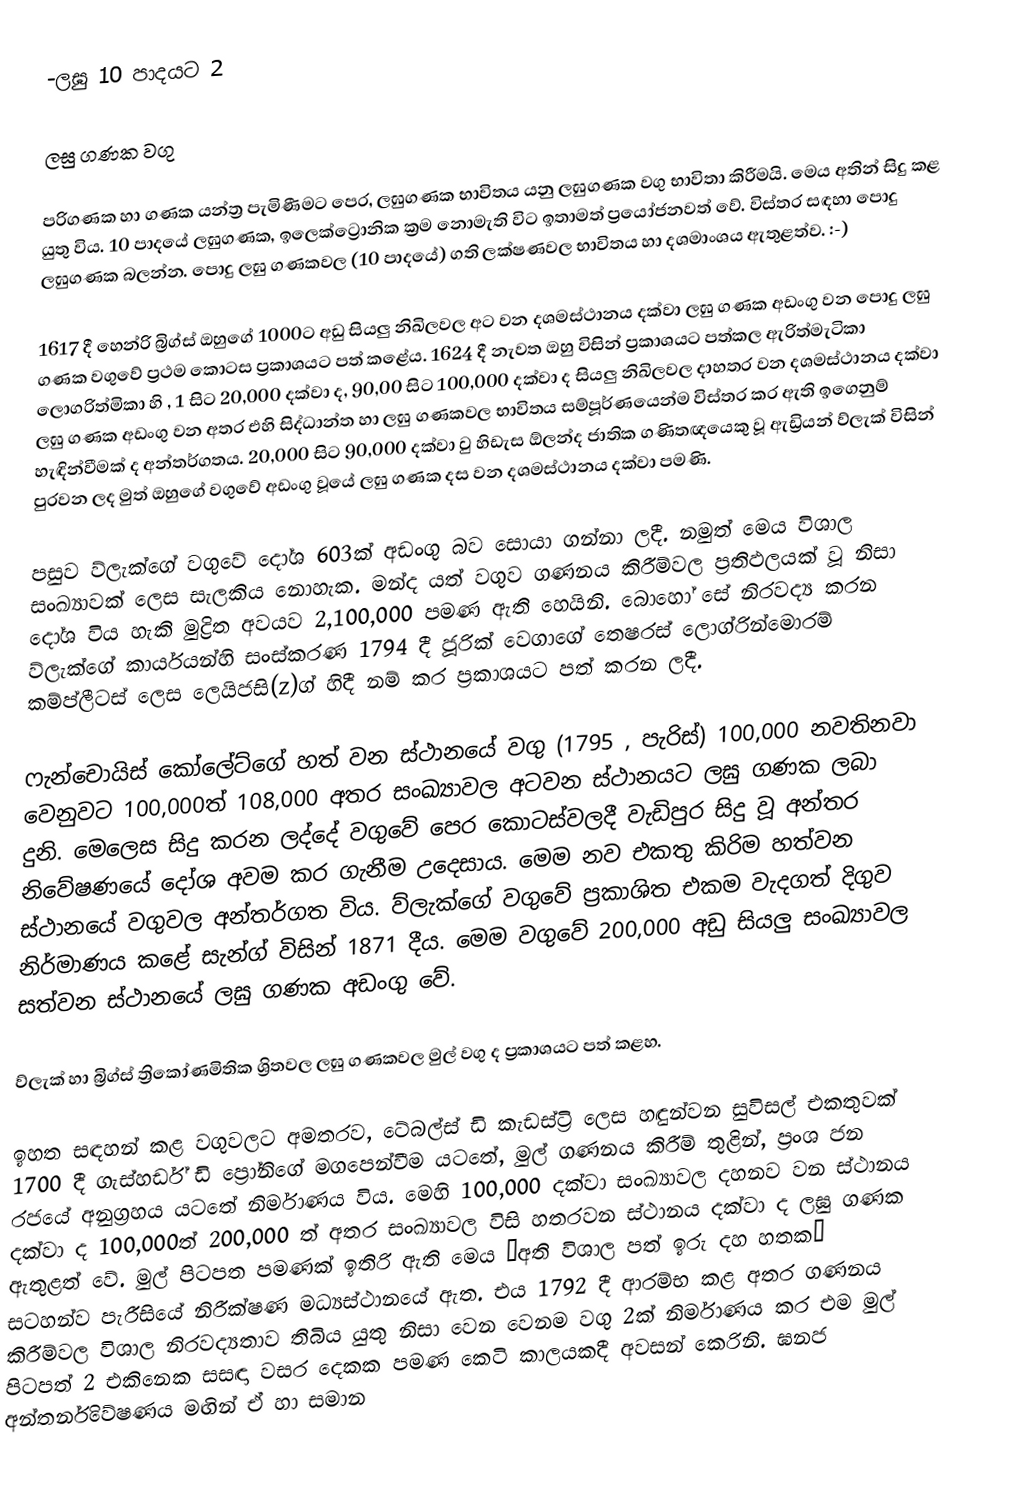
-ලඝු 10 පාදයට 2

ලඝු ගණක වගු

පරිගණක හා ගණක යන්ත්‍ර පැමිණීමට පෙර, ලඝුගණක භාවිතය යනු ලඝුගණක වගු භාවිතා කිරීමයි. මෙය අතින් සිදු කළ යුතු විය. 10 පාදයේ ලඝුගණක, ඉලෙක්ට්‍රොනික ක්‍රම නොමැති විට ඉතාමත් ප්‍රයෝජනවත් වේ. විස්තර සඳහා ‍පොදු ලඝුගණක බලන්න. පොදු ලඝු ගණකවල (10 පාදයේ) ගති ලක්ෂණවල භාවිතය හා දශමාංශය ඇතුළත්ව. :-)

1617 දී හෙන්රි බ්‍රිග්ස් ඔහුගේ 1000ට අඩු සියලු නිඛිලවල අට වන දශමස්ථානය දක්වා ලඝු ගණක අඩංගු වන පොදු ලඝු ගණක වගුවේ ප්‍රථම කොටස ප්‍රකාශයට පත් කළේය. 1624 දී නැවත ඔහු විසින් ප්‍රකාශයට පත්කල ඇරිත්මැටිකා ලොගරිත්මිකා හි , 1 සිට 20,000  දක්වා ද, 90,00 සිට 100,000 දක්වා ද සියලු නිඛිලවල දාහතර වන දශමස්ථානය දක්වා ලඝු ගණක අඩංගු වන අතර එහි සිද්ධාන්ත හා ලඝු ගණකවල භාවිතය සම්පූර්ණයෙන්ම විස්තර කර ඇති ඉගෙනුම් හැඳින්වීමක් ද අන්තර්ගතය. 20,000 සිට 90,000 දක්වා වු හිඩැස ඕලන්ද ජාතික ගණිතඥයෙකු වූ ඇඩ්‍රියන් ව්ලැක් විසින් පුරවන ලද මුත් ඔහුගේ වගුවේ අඩංගු වූයේ ලඝු ගණක දස වන දශමස්ථානය දක්වා පමණි.

පසුව ව්ලැක්ගේ වගුවේ දෝශ 603ක් අඩංගු බව සොයා ගන්නා ලදී. නමුත් මෙය විශාල සංඛ්‍යාවක් ලෙස සැලකිය නොහැක. මන්ද යත් වගුව ගණනය කිරීම්වල ප්‍රතිඵලයක් වූ නිසා දෝශ විය හැකි මුද්‍රිත අවයව 2,100,000 පමණ ඇති හෙයිනි. බොහෝ සේ නිරවද්‍ය කරන ව්ලැක්ගේ කාර්යයන්හි සංස්කරණ 1794 දී ජූරික් වෙගාගේ තෙෂරස් ලොග්රින්මොරම් කම්ප්ලීටස් ලෙස ලෙයිජසි(z)ග් හිදී නම් කර ප්‍රකාශයට පත් කරන ලදී.

ෆැන්චොයිස් කෝලේට්ගේ හත් වන ස්ථානයේ වගු (1795 , පැරිස්) 100,000 නවතිනවා වෙනුවට 100,000ත් 108,000 අතර සංඛ්‍යාවල අටවන ස්ථානයට ලඝු ගණක ලබා දුනි. මෙලෙස සිදු කරන ලද්දේ වගුවේ පෙර ‍කොටස්වලදී වැඩිපුර සිදු වූ අන්තර නිවේෂණයේ දෝශ අවම කර ගැනීම උදෙසාය. මෙම නව එකතු කිරිම හත්වන ස්ථානයේ වගුවල අන්තර්ගත විය. ව්ලැක්ගේ වගුවේ ප්‍රකාශිත එකම වැදගත් දිගුව නිර්මාණය කළේ සැන්ග් විසින් 1871 දීය. මෙම වගුවේ 200,000 අඩු සියලු සංඛ්‍යාවල සත්වන ස්ථානයේ ලඝු ගණක අඩංගු වේ.

ව්ලැක් හා බ්‍රිග්ස් ත්‍රිකෝණමිතික ශ්‍රිතවල ලඝු ගණකවල මුල් වගු ද ප්‍රකාශයට පත් කළහ.

ඉහත සඳහන් කළ වගුවලට අමතරව, ටේබල්ස් ඩි කැඩස්ට්‍රි ලෙස හඳුන්වන සුවිසල් එකතුවක් 1700 දී ගැස්හර්ඩ් ඩි ප්‍රෝනිගේ මගපෙන්වීම යටතේ, මුල් ගණනය කිරීම් තුළින්, ප්‍රංශ ජන රජයේ අනුග්‍රහය යටතේ නිර්මාණය විය. මෙහි 100,000 දක්වා සංඛ්‍යාවල දහනව වන ස්ථාන‍ය දක්වා ද 100,000ත් 200,000 ත් අතර සංඛ්‍යාවල විසි හතරවන ස්ථානය දක්වා ද ලඝු ගණක ඇතුළත් වේ. මුල් පිටපත පමණක් ඉතිරි ඇති මෙය “අති විශාල පත් ඉරු දහ හතක” සටහන්ව පැරීසියේ නිරීක්ෂණ මධ්‍යස්ථානයේ ඇත. එය 1792 දී ආරම්භ කළ අතර ගණනය කිරීම්වල විශාල නිරවද්‍යතාව තිබිය යුතු නිසා වෙන වෙනම වගු 2ක් නිර්මාණය කර එම මුල් පිටපත් 2 එකිනෙක සසඳා වසර දෙකක පමණ කෙටි කාලයකදී අවසන් කෙරිනි. ඝනජ අන්තර්නිවේෂණය මඟින් ඒ හා සමාන